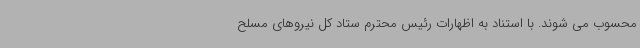
محسوب می شوند. با استناد به اظهارات رئیس محترم ستاد کل نیروهای مسلح